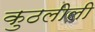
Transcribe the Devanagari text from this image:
कुठलीली